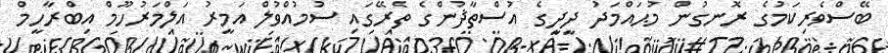
ބޭސްވެރިކަމުގެ ރޮނގުން މުޙައްމަދު ދީދީގެ އުސްތާޛުންގެ ތެރޭގައި ސުމުއްވުލް އަމީރު އަލްމަރުހޫމް އިބްރާހީމް